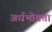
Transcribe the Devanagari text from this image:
अर्धभोक्ता